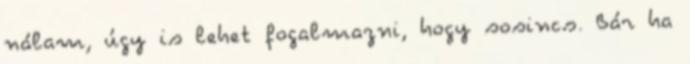
nálam, úgy is lehet fogalmazni, hogy sosincs. Bár ha